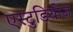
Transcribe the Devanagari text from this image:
एस्टुडियोज़